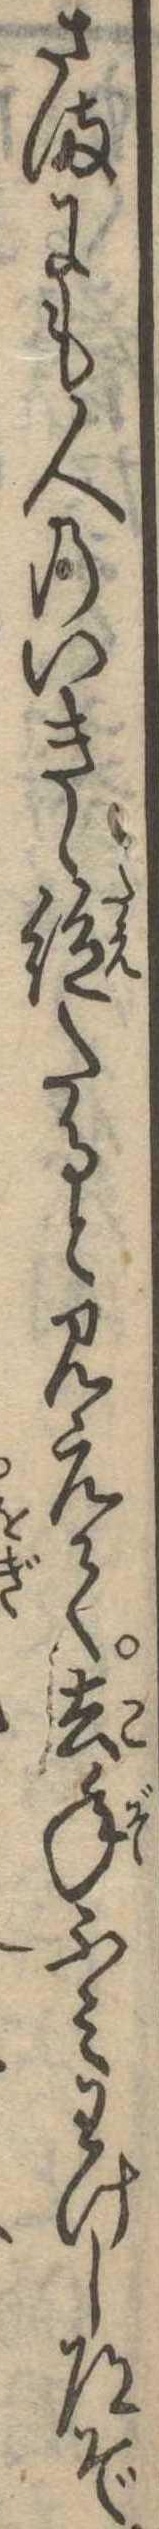
さまにも人のいきゝ絶たると見えて去年ふみわけし道ぞ